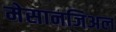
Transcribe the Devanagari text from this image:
मेसानजिअल